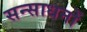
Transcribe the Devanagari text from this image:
सन्साधनों